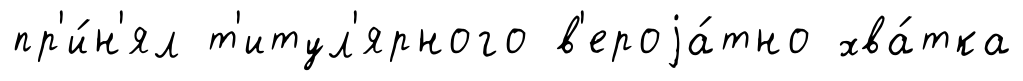
пр'и́н'ял т'итул'ярного в'ероjа́тно хва́тка